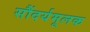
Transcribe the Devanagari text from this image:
सौंदर्यमूलक